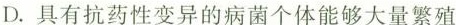
D.具有抗药性变异的病菌个体能够大量繁殖